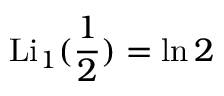
\operatorname { L i } _ { 1 } ( { \frac { 1 } { 2 } } ) = \ln 2